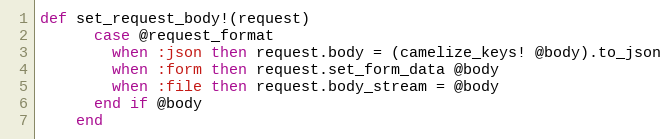
Language: Ruby
def set_request_body!(request)
      case @request_format
        when :json then request.body = (camelize_keys! @body).to_json
        when :form then request.set_form_data @body
        when :file then request.body_stream = @body
      end if @body
    end